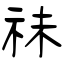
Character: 祙